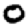
Digit: 0